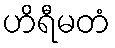
ဟိရီမတံ